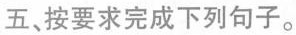
五、按要求完成下列句子.。